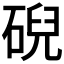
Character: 𥓋